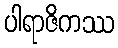
ပါရာဇိကဿ